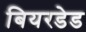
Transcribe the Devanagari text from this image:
बियरडेड